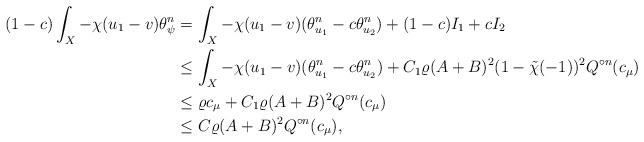
\begin{align*}(1-c)\int_X -\chi (u_1-v) \theta_{\psi}^n&=\int_X -\chi (u_1-v)(\theta_{u_1}^n-c\theta_{u_2}^n)+(1-c)I_1+cI_2\\&\leq \int_X -\chi (u_1-v)(\theta_{u_1}^n-c\theta_{u_2}^n)+ C_1\varrho (A+B)^2(1-\tilde{\chi}(-1))^2 Q^{\circ n}(c_{\mu})\\&\leq \varrho c_{\mu}+ C_1\varrho (A+B)^2 Q^{\circ n}(c_{\mu})\\&\leq C\varrho (A+B)^2 Q^{\circ n}(c_{\mu}),\end{align*}